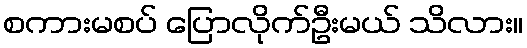
စကားမစပ် ပြောလိုက်ဦးမယ် သိလား။